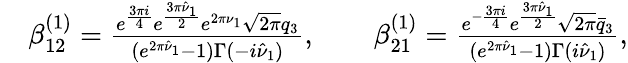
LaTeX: \begin{array}{rl}&{\beta_{12}^{(1)}=\frac{e^{\frac{3\pi i}{4}}e^{\frac{3\pi\hat{\nu}_{1}}{2}}e^{2\pi\nu_{1}}\sqrt{2\pi}q_{3}}{(e^{2\pi\hat{\nu}_{1}}-1)\Gamma(-i\hat{\nu}_{1})},\qquad\beta_{21}^{(1)}=\frac{e^{-\frac{3\pi i}{4}}e^{\frac{3\pi\hat{\nu}_{1}}{2}}\sqrt{2\pi}\bar{q}_{3}}{(e^{2\pi\hat{\nu}_{1}}-1)\Gamma(i\hat{\nu}_{1})},}\end{array}